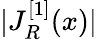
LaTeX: |J_{R}^{[1]}(x)|